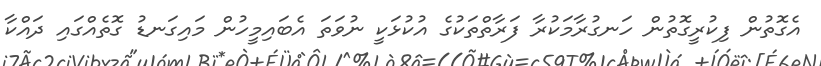
އެގޮތުން ފިކުރީގޮތުން ހަނގުރާމަކުރާ ފަރާތްތަކުގެ އުކުޅަކީ ނުވަތަ އެބައިމީހުން މައިގަނޑު ގޮތެއްގައި ދައްކާ